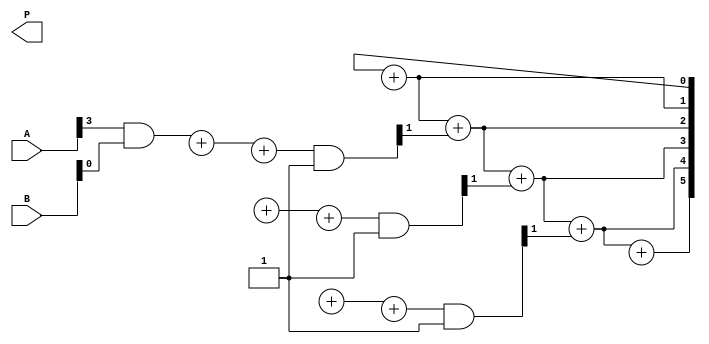
module async_wallace_tree_multiplier #(
    parameter N = 4  // Bit width of inputs
)(
    input [N-1:0] A,
    input [N-1:0] B,
    output reg [2*N-1:0] P // Product output
);

    // Internal signals to hold partial products
    wire [N-1:0] pp [0:N-1]; // Partial product array

    // Partial Product Generation
    genvar i, j;
    generate
        for (i = 0; i < N; i = i + 1) begin : pp_gen
            for (j = 0; j < N; j = j + 1) begin : pp_and
                assign pp[i][j] = A[i] & B[j]; // Generate partial products
            end
        end
    endgenerate

    // Asynchronous Wallace Tree Reduction
    wire [N:0] sum, carry;
    reg [N*3-1:0] reduction_level [0:N-2]; // Stores partial products for reduction levels

    // Reduction levels - for simplicity, only 1 level of reduction is shown
    integer k;
    always @* begin
        // Level 1 reduction (this example keeps it simple)
        for (k = 0; k < N; k = k + 1) begin
            reduction_level[0][k] = pp[k][0]; // First bit of each partial product
        end
    end

    // Full Adder for three inputs (Async)
    function [1:0] full_adder(input a, input b, input c);
        full_adder = {(a + b + c) >> 1, (a + b + c) & 1};
    endfunction

    // Assemble partial products
    integer level;
    always @* begin
        // Here, you can organize partial products using async reduction logic
        P = 0;
        for (level = 1; level < N; level = level + 1) begin
            {carry[level], sum[level]} = full_adder(reduction_level[level-1][3*level], 
                                                    reduction_level[level-1][3*level + 1], 
                                                    reduction_level[level-1][3*level + 2]);
        end

        // Final addition stage (one more full adder for simplicity)
        P[0] = reduction_level[1][0];
        for (level = 1; level < N*3; level = level + 1) begin
            P[level] = P[level - 1] + carry[level-1]; // Carry propagation (simplified)
        end
    end

endmodule